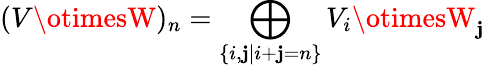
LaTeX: (V\otimesW)_{n}=\bigoplus_{\{ i,\mathbf{j}|i+\mathbf{j}=n\} }V_{i}\otimesW_{\mathbf{j}}